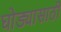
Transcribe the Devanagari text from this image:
घोड्यासाठी